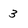
Character: 3